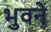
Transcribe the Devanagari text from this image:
भुवने